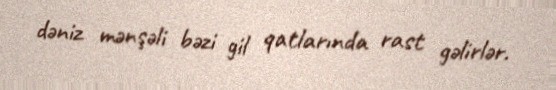
dəniz mənşəli bəzi gil qatlarında rast gəlirlər.